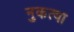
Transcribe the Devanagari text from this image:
नुकत्या